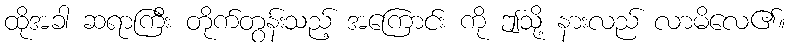
ထိုအခါ ဆရာကြီး တိုက်တွန်းသည့် အကြောင်း ကို ဤသို့ နားလည် လာမိလေ၏။